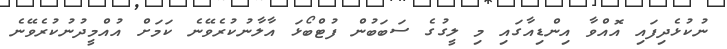
ނުކުޅެދިފައި އޮއްވާ އިންޑިއާގައި މި ލީގުގެ ސަބަބުން ފުޓްބޯޅަ އާލާނުކުރެވޭނެ ކަމަށް އުއްމީދުނުކުރެވޭނެ